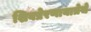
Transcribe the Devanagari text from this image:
शिवप्रेरणायात्रेचे